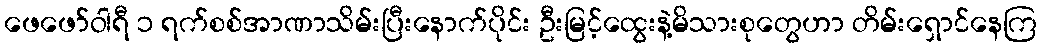
ဖေဖော်ဝါရီ ၁ ရက်စစ်အာဏာသိမ်းပြီးနောက်ပိုင်း ဦးမြင့်ထွေးနဲ့မိသားစုတွေဟာ တိမ်းရှောင်နေကြ